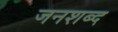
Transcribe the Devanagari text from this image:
जनशब्द